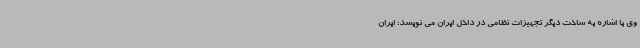
وی با اشاره به ساخت دیگر تجهیزات نظامی در داخل ایران می نویسد: ایران